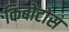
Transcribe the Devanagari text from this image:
किबोटोस